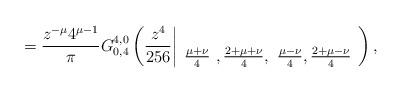
LaTeX: \begin{align*}=\frac{z^{-\mu}4^{\mu-1}}{\pi}G_{{0} ,{4}}^{{4},{0}} \left( \frac{z^{4}}{256} \bigg{|} \begin{array}{lll} \\ \frac{\mu+\nu}{4}~,\frac{2+\mu+\nu}{4},~\frac{\mu-\nu}{4},\frac{2+\mu-\nu}{4} \end{array} \right),\end{align*}